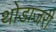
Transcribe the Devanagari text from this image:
थोडाजरी